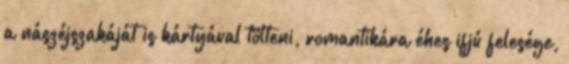
a nászéjszakáját is kártyával tölteni, romantikára éhes ifjú felesége,